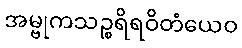
အမ္ဗုကသဉ္စရိရဝိတံယေဝ